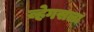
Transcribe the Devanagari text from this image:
व्हेगसला